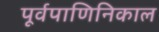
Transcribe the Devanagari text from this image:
पूर्वपाणिनिकाल